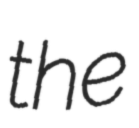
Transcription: the